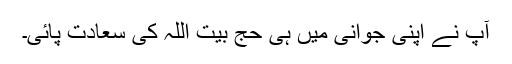
آپ نے اپنی جوانی میں ہی حج بیت اللہ کی سعادت پائی۔